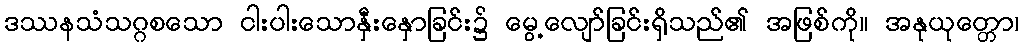
ဒဿနသံသဂ္ဂစသော ငါးပါးသောနှီးနှောခြင်း၌ မွေ့လျော်ခြင်းရှိသည်၏ အဖြစ်ကို။ အနုယုတ္တော၊